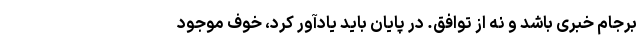
برجام خبری باشد و نه از توافق. در پایان باید یادآور کرد، خوف موجود